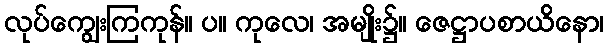
လုပ်ကျွေးကြကုန်။ ပ။ ကုလေ၊ အမျိုး၌။ ဇေဋ္ဌာပစာယိနော၊